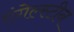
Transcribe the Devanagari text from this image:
एंगेल्स्टीन